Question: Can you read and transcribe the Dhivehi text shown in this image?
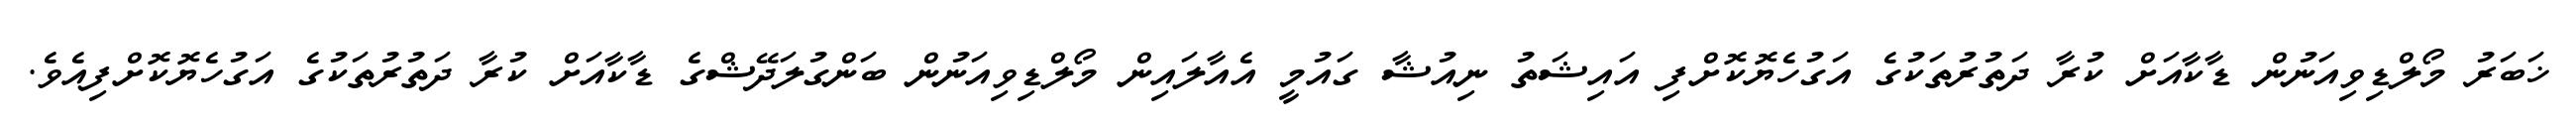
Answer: ޚަބަރު މޯލްޑިވިއަނުން ޑާކާއަށް ކުރާ ދަތުރުތަކުގެ އަގުހެޔޮކޮށްފި އައިޝަތު ނިއުޝާ ގައުމީ އެއާލައިން މޯލްޑިވިއަނުން ބަންގުލަދޭޝްގެ ޑާކާއަށް ކުރާ ދަތުރުތަކުގެ އަގުހެޔޮކޮށްފިއެވެ.